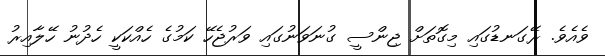
ވެއެވެ. ރޭގަނޑުގައި މިގޮތަށް ޖިންސީ ގުނަވަނުގައި ވަރުޖެހޭ ކަމުގެ ހެއްކަކީ ހެދުނު ހޭލާއިރު